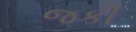
જકી